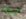
اريه